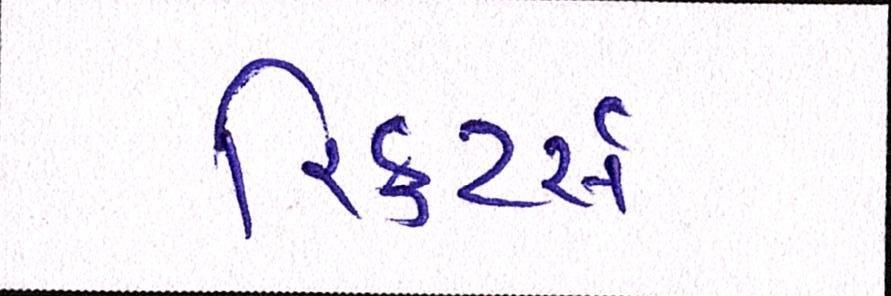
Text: રિક્રુટર્સે